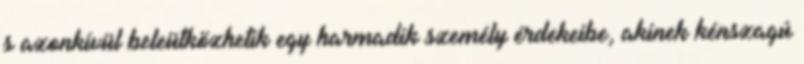
s azonkívül beleütközhetik egy harmadik személy érdekeibe, akinek kénszagú